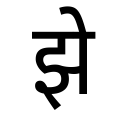
OCR:
झे